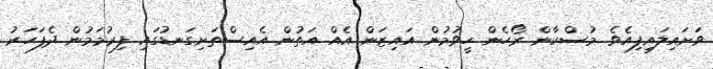
ވަށައިލައިފިއެވެ. މުސްކާން ރޯހެން ހީވުމުން އައިޒަން އެއް އަތުން އެއިސްތަށިގަނޑުގައި ފިރުމަމުން ދެފަހަރު